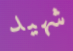
شهيد